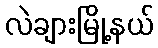
လဲချားမြို့နယ်